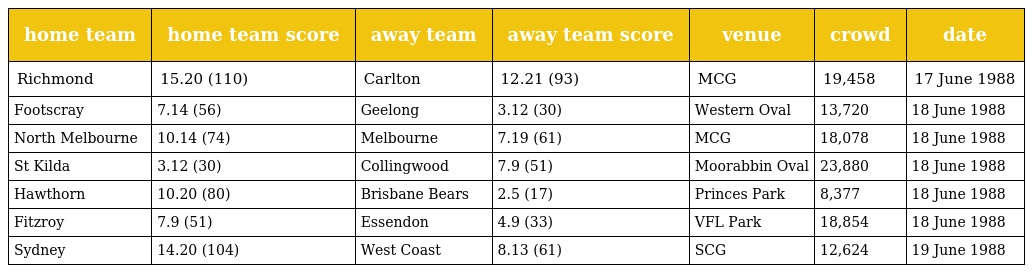
| home team | home team score | away team | away team score | venue | crowd | date |
 | --- | --- | --- | --- | --- | --- | --- |
 | Richmond | 15.20 (110) | Carlton | 12.21 (93) | MCG | 19,458 | 17 June 1988 |
 | Footscray | 7.14 (56) | Geelong | 3.12 (30) | Western Oval | 13,720 | 18 June 1988 |
 | North Melbourne | 10.14 (74) | Melbourne | 7.19 (61) | MCG | 18,078 | 18 June 1988 |
 | St Kilda | 3.12 (30) | Collingwood | 7.9 (51) | Moorabbin Oval | 23,880 | 18 June 1988 |
 | Hawthorn | 10.20 (80) | Brisbane Bears | 2.5 (17) | Princes Park | 8,377 | 18 June 1988 |
 | Fitzroy | 7.9 (51) | Essendon | 4.9 (33) | VFL Park | 18,854 | 18 June 1988 |
 | Sydney | 14.20 (104) | West Coast | 8.13 (61) | SCG | 12,624 | 19 June 1988 |